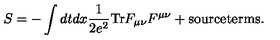
S = - \int d t d x \frac { 1 } { 2 e ^ { 2 } } \mathrm { T r } F _ { \mu \nu } F ^ { \mu \nu } + \mathrm { s o u r c e t e r m s } .